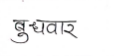
मजकूर: बुधवार